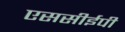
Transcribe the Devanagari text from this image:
एससीईपी